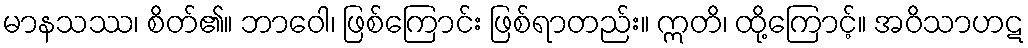
မာနသဿ၊ စိတ်၏။ ဘာဝေါ၊ ဖြစ်ကြောင်း ဖြစ်ရာတည်း။ ဣတိ၊ ထို့ကြောင့်။ အဝိသာဟဋ